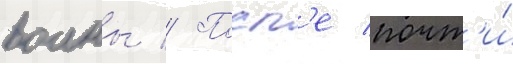
воины // Посл'е почт'и́